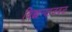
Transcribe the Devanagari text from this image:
बिछान्याजवळ